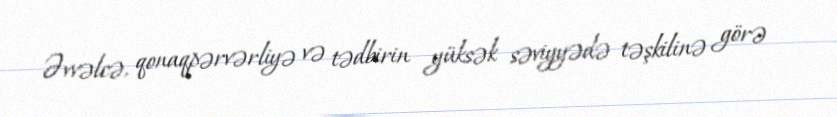
Əvvəlcə, qonaqpərvərliyə və tədbirin yüksək səviyyədə təşkilinə görə